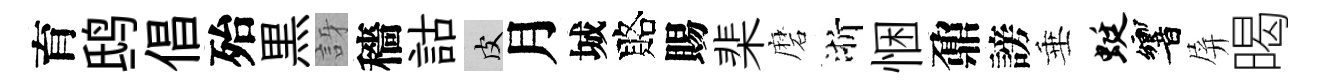
育鸱倡殆黒訝穡詁皮月城賂賜棐磨浙悃鼐謗垂蜓響屏暍